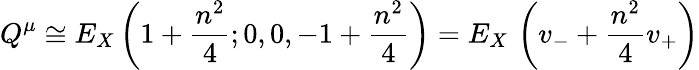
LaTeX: Q^{\mu}\cong E_{X}\left(1+\frac{n^{2}}{4};0,0,-1+\frac{n^{2}}{4}\right)=E_{X}\, \left(v_{-}+\frac{n^{2}}{4}v_{+}\right)